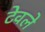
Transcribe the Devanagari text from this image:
टेवले